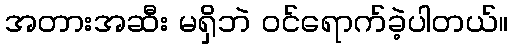
အတားအဆီး မရှိဘဲ ဝင်ရောက်ခဲ့ပါတယ်။